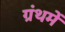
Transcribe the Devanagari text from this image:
ग्रंथमें